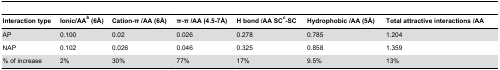
<table><thead><tr><td><b>Interaction type</b></td><td><b>Ionic/AA<sup><i>b</i></sup> (6Å)</b></td><td><b>Cation-π /AA (6Å)</b></td><td><b>π-π /AA (4.5-7Å)</b></td><td><b>H bond /AA SC<sup><i>c</i></sup>-SC</b></td><td><b>Hydrophobic /AA (5Å)</b></td><td><b>Total attractive interactions /AA</b></td></tr></thead><tbody><tr><td>AP</td><td>0.100</td><td>0.02</td><td>0.026</td><td>0.278</td><td>0.785</td><td>1.204</td></tr><tr><td>NAP</td><td>0.102</td><td>0.026</td><td>0.046</td><td>0.325</td><td>0.858</td><td>1.359</td></tr><tr><td>% of increase</td><td>2%</td><td>30%</td><td>77%</td><td>17%</td><td>9.5%</td><td>13%</td></tr></tbody></table>